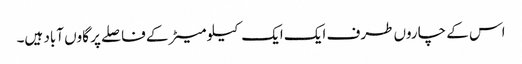
اس کے چاروں طرف ایک ایک کیلو میٹر کے فاصلے پر گاوں آباد ہیں۔